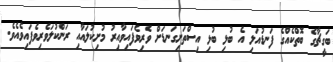
ބަގީޗާގެ ބޮތްކެއްގެ ފަނޑުއަލި އެ ބުޅި ބުޅި އިސްތަށިގަނޑަށް ވެރިވެފައިވާއިރު މުށިކުލައާއި ރަންކުލަވެރިވެފައިވެއެވެ.